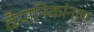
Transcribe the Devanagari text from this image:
वैमानिकांनाच